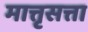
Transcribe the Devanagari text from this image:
मात्तृसत्ता